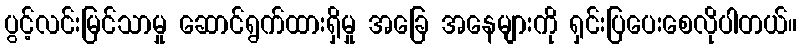
ပွင့်လင်းမြင်သာမှု ဆောင်ရွက်ထားရှိမှု အခြေ အနေများကို ရှင်းပြပေးစေလိုပါတယ်။